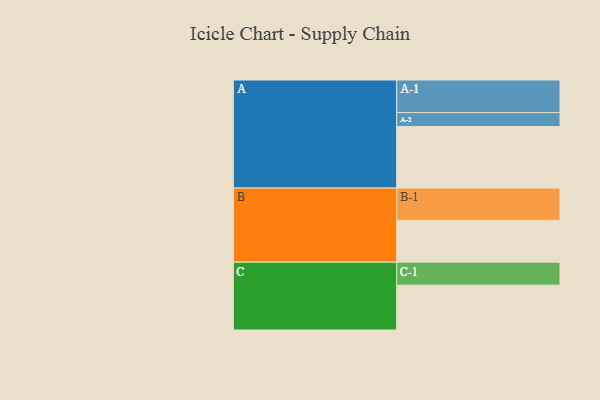
{"axis": {"x": "Segment", "y": "Value"}, "legend": ["", "A", "B", "C"], "data": [{"x": "A", "y": 494, "type": ""}, {"x": "B", "y": 336, "type": ""}, {"x": "C", "y": 360, "type": ""}, {"x": "A-1", "y": 262, "type": "A"}, {"x": "A-2", "y": 112, "type": "A"}, {"x": "B-1", "y": 259, "type": "B"}, {"x": "C-1", "y": 185, "type": "C"}]}